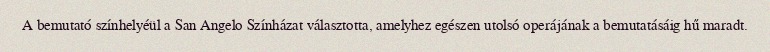
A bemutató színhelyéül a San Angelo Színházat választotta, amelyhez egészen utolsó operájának a bemutatásáig hű maradt.